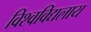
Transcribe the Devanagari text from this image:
विश्वविद्यलाय